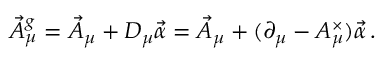
\vec { A } _ { \mu } ^ { g } = \vec { A } _ { \mu } + D _ { \mu } \vec { \alpha } = \vec { A } _ { \mu } + ( \partial _ { \mu } - A _ { \mu } ^ { \times } ) \vec { \alpha } \, .